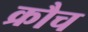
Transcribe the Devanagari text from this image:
क्रौच